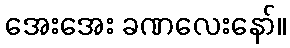
အေးအေး ခဏလေးနော်။